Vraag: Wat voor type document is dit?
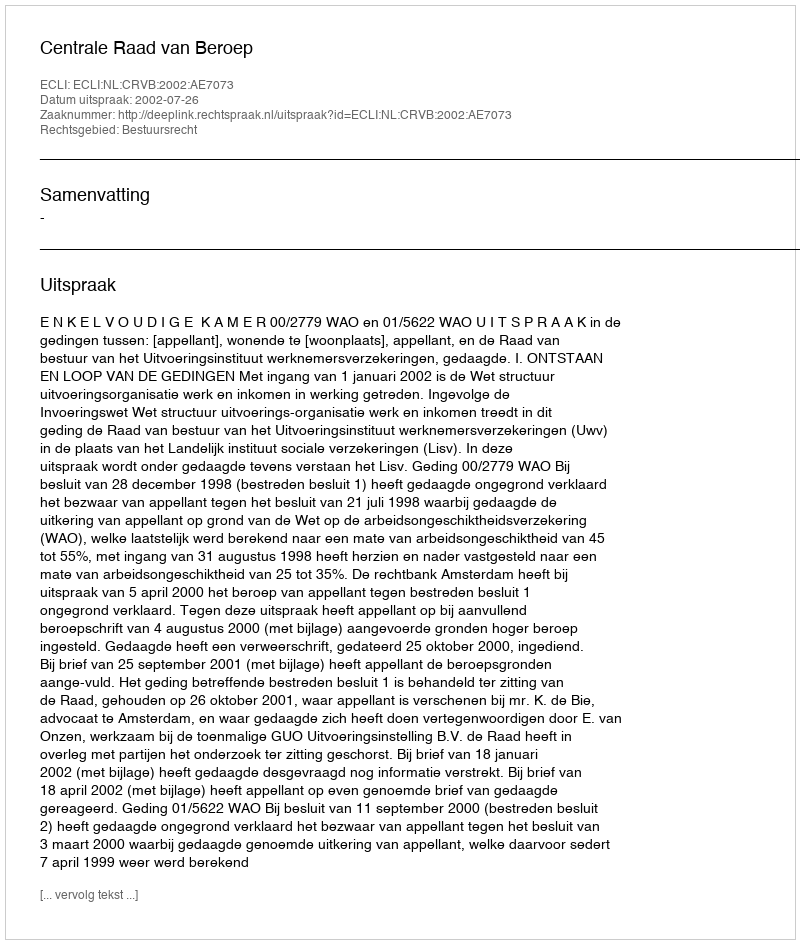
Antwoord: Uitspraak